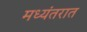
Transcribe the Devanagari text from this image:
मध्यंतरात